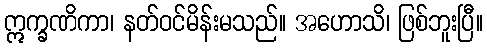
ဣက္ခဏိကာ၊ နတ်ဝင်မိန်းမသည်။ အဟောသိ၊ ဖြစ်ဘူးပြီ။